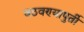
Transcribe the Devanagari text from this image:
वठवण्यापुर्ती